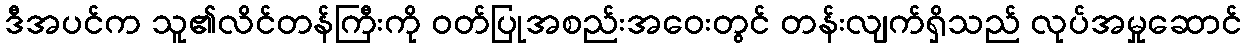
ဒီအပင်က သူ၏လိင်တန်ကြီးကို ဝတ်ပြုအစည်းအဝေးတွင် တန်းလျက်ရှိသည် လုပ်အမှုဆောင်